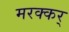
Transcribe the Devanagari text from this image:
मरक्कर्